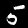
Digit: 5